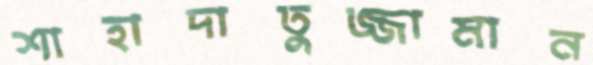
শাহাদাতুজ্জামান